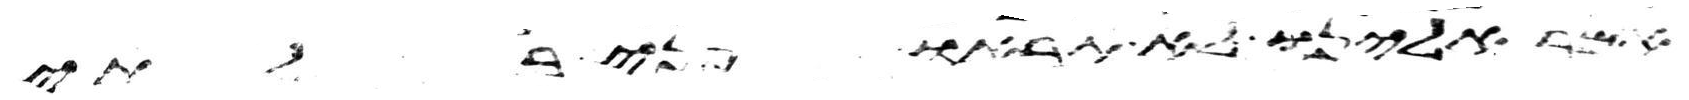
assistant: אמר אלינו לא תראו פני בלתי